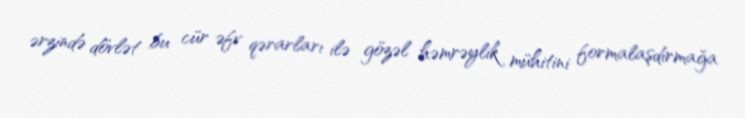
ərzində dövlət bu cür əfv qərarları ilə gözəl həmrəylik mühitini formalaşdırmağa